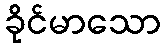
ခိုင်မာသော